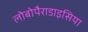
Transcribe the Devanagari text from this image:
लोबोपैराडाइसिया